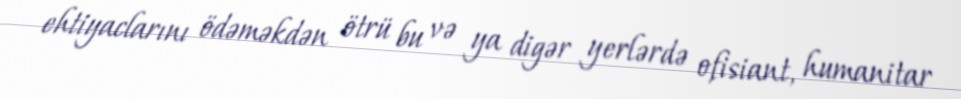
ehtiyaclarını ödəməkdən ötrü bu və ya digər yerlərdə ofisiant, humanitar